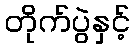
တိုက်ပွဲနှင့်